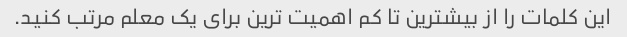
این کلمات را از بیشترین تا کم اهمیت ترین برای یک معلم مرتب کنید.